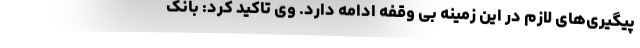
پیگیری‌های لازم در این زمینه بی وقفه ادامه دارد. وی تاکید کرد: بانک